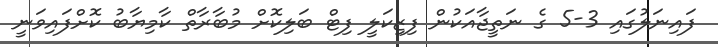
ފައިނަލުގައި 3-5 ގެ ނަތީޖާއަކުން ފިޒިކަލީ ފިޓް ބަލިކޮށް މުބާރާތް ކާމިޔާބު ކޮށްފައިވަނީ